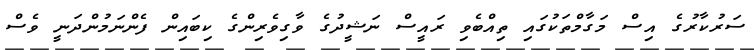
ސަރުކާރުގެ އިސް މަގާމްތަކުގައި ތިއްބެވި ރައީސް ނަޝީދުގެ ވާގިވެރިންގެ ކިބައިން ފެންނަމުންދަނީ ވެސް